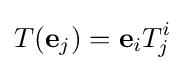
T(\mathbf {e} _{j})=\mathbf {e} _{i}T_{j}^{i}